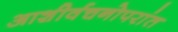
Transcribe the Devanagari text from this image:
आशीर्वचनोपरांत